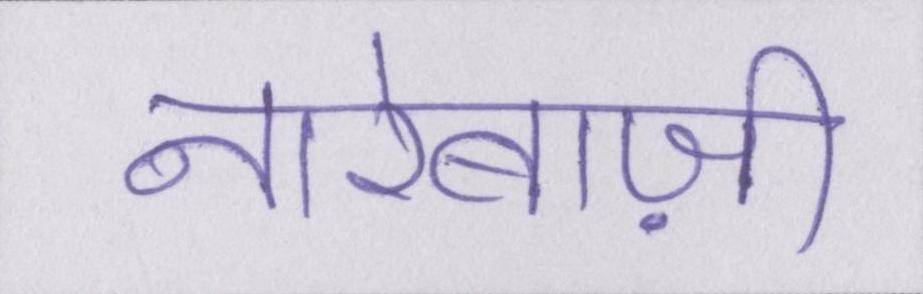
नारेबाज़ी